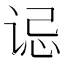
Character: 𫍪